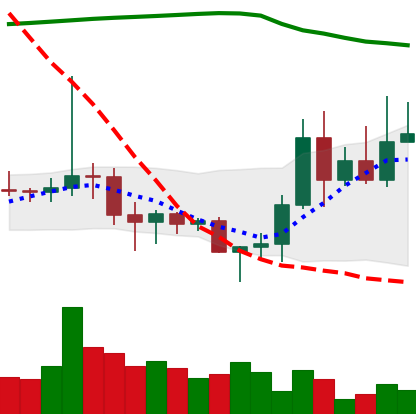
Ticker: DOGE-USD
Chart end date: 2020-11-11
Forward return: 4.225%
Label: up_3_5